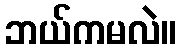
ဘယ်ကမလဲ။